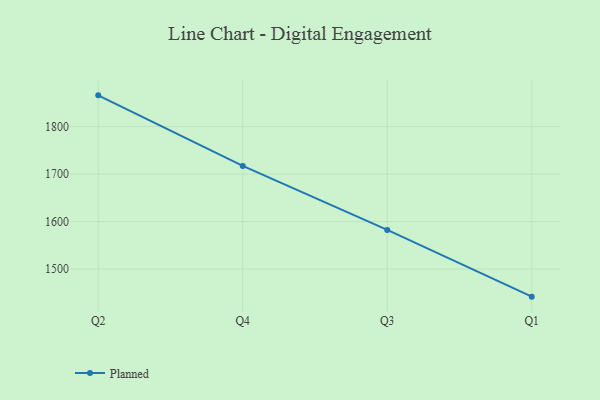
{"axis": {"x": "Quarter", "y": "Shipments"}, "legend": ["Planned"], "data": [{"x": "Q2", "y": 1865.7, "type": "Planned"}, {"x": "Q4", "y": 1717.1, "type": "Planned"}, {"x": "Q3", "y": 1582.4, "type": "Planned"}, {"x": "Q1", "y": 1442.0, "type": "Planned"}]}